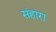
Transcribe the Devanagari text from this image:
संहारा